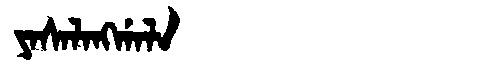
Manchu: ᠶᠠᠰᠠᠯᠠᠩᡤᠠᠯᠠ
Romanization: YASALANGGALA